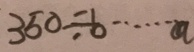
3 5 0 \div b \cdots a